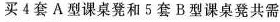
买4套A型课桌凳和5套B型课桌凳共需